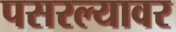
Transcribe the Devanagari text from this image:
पसरल्यावर